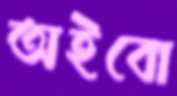
অইবো